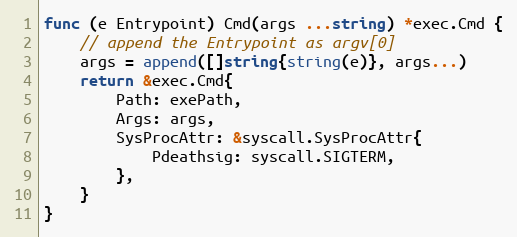
Language: Go
func (e Entrypoint) Cmd(args ...string) *exec.Cmd {
	// append the Entrypoint as argv[0]
	args = append([]string{string(e)}, args...)
	return &exec.Cmd{
		Path: exePath,
		Args: args,
		SysProcAttr: &syscall.SysProcAttr{
			Pdeathsig: syscall.SIGTERM,
		},
	}
}